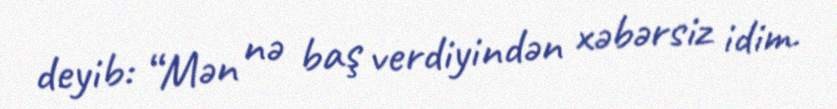
deyib: “Mən nə baş verdiyindən xəbərsiz idim.